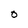
Character: O